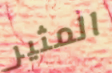
المثير